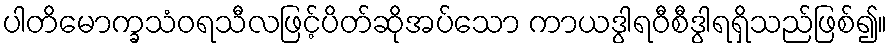
ပါတိမောက္ခသံဝရသီလဖြင့်ပိတ်ဆိုအပ်သော ကာယဒွါရဝီစီဒွါရရှိသည်ဖြစ်၍။